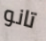
تانو